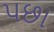
પછા